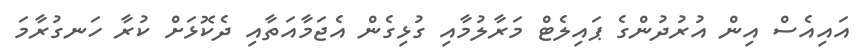
އައިއެސް އިން އުރުދުންގެ ޕައިލެޓް މަރާލުމާއި ގުޅިގެން އެޖަމާއަތާއި ދެކޮޅަށް ކުރާ ހަނގުރާމަ